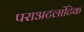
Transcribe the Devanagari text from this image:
पराअटलांटिक